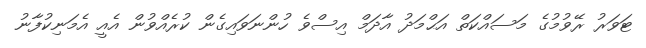
ޓަވަރު ރޭވުމުގެ މަސައްކަތް އަޙްމަދު އާދަމް އިސްވެ ހުންނަވައިގެން ކުރެއްވުން އެއީ އެމަނިކުފާނު